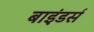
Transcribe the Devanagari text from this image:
बाइंडर्स